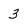
Character: 3